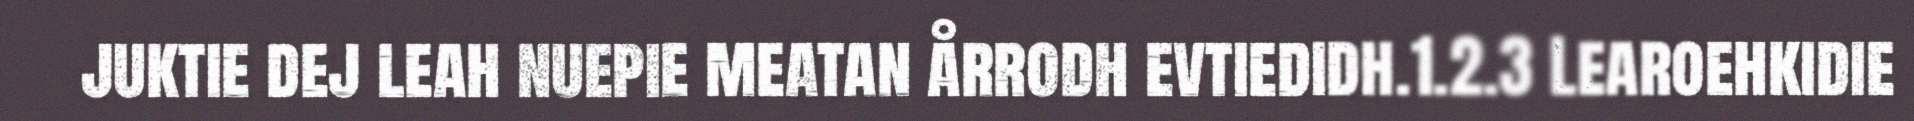
juktie dej leah nuepie meatan årrodh evtiedidh.1.2.3 Learoehkidie